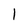
Character: I